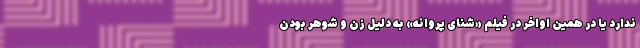
ندارد یا در همین اواخر در فیلم «شنای پروانه» به دلیل زن و شوهر بودن